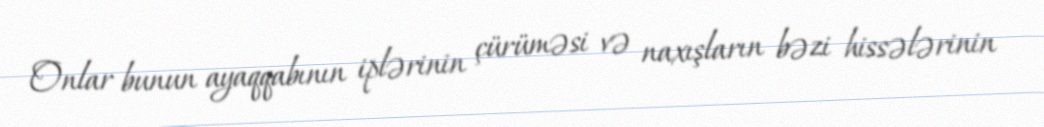
Onlar bunun ayaqqabının iplərinin çürüməsi və naxışların bəzi hissələrinin